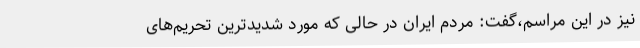
نیز در این مراسم،گفت: مردم ایران در حالی که مورد شدیدترین تحریم‌های